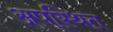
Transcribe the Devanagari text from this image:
अपस्थित